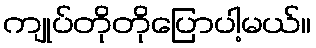
ကျုပ်တိုတိုပြောပါ့မယ်။